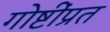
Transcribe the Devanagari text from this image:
गोष्टींप्रत